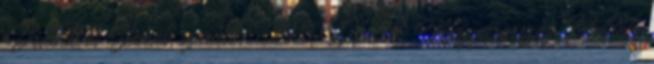
Drábik és Jakab szerint? 2015. IX. 28. Magyarország, Felvidék,